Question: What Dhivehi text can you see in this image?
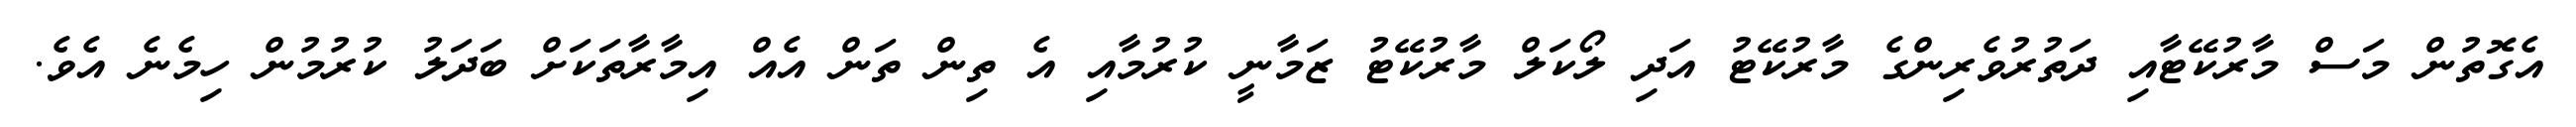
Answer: އެގޮތުން މަސް މާރުކޭޓާއި ދަތުރުވެރިންގެ މާރުކޭޓު އަދި ލޯކަލް މާރުކޭޓު ޒަމާނީ ކުރުމާއި އެ ތިން ތަން އެއް އިމާރާތަކަށް ބަދަލު ކުރުމުން ހިމެނެ އެވެ.